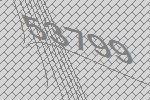
53799